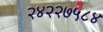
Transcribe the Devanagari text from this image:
२४२२७५८४